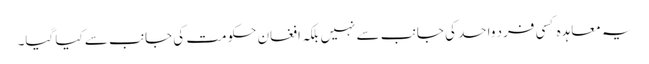
یہ معاہدہ کسی فرد واحد کی جانب سے نہیں بلکہ افغان حکومت کی جانب سے کیا گیا۔